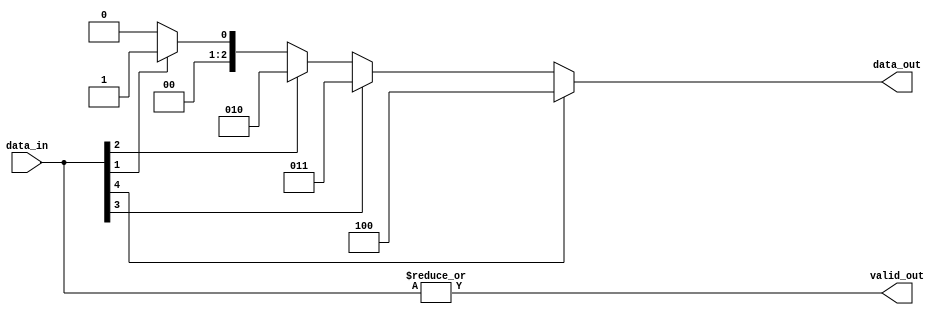
module RV_onehot_encoder#(

    parameter N        = 5,
    parameter REVERSE  = 0,
    parameter MODEL    = 3,
    parameter LN       = $clog2(N)

)(
    
    input  wire [N-1 : 0]  data_in,
    output wire [LN-1 : 0] data_out,
    output wire            valid_out
    
);

    genvar level, segment;
    genvar i, j;
    integer k;
        
    generate
    
        if(N == 1)
        begin
        
            assign data_out  = data_in;
            assign valid_out = data_in;
        
        end
        else if(N == 2)
        begin
        
            assign data_out  = data_in[!REVERSE];
            assign valid_out = (| data_in);
        
        end
        else if(MODEL == 1)
        begin
        
            localparam levels_lp        = $clog2(N);
            localparam aligned_width_lp = 1 << $clog2(N); 
            
            wire [aligned_width_lp-1 : 0] addr [levels_lp : 0];
            wire [aligned_width_lp-1 : 0] v    [levels_lp : 0];    
            
            assign v[0]    = REVERSE ? ({{(aligned_width_lp-N){1'b0}}, data_in} << (aligned_width_lp - N)) : {{(aligned_width_lp-N){1'b0}}, data_in};
            assign addr[0] = 0;  //The first level isnot used 
            
            for (level = 1; level < levels_lp+1; level=level+1)
            begin
                
                localparam segments_lp      = 2**(levels_lp-level);
                localparam segment_slot_lp  = aligned_width_lp/segments_lp;
                localparam segment_width_lp = level; 
                
                 for (segment = 0; segment < segments_lp; segment=segment+1)
                 begin
                    
                    wire [1 : 0] vs = {
                    
                         v[level-1][segment*segment_slot_lp+(segment_slot_lp >> 1)],
                         v[level-1][segment*segment_slot_lp]  
                    
                    };
                    
                    assign v[level][segment*segment_slot_lp] = (| vs); 
                    
                    if(level == 1)
                    begin
                        
                        assign addr[level][((segment*segment_slot_lp) + segment_width_lp) - 1 : (segment*segment_slot_lp)] = vs[!REVERSE]; 
                    
                    end
                    else begin
                    
                        assign addr[level][((segment*segment_slot_lp) + segment_width_lp) - 1 : (segment*segment_slot_lp)] = { 
                            
                            vs[!REVERSE],
                            addr[level-1][((segment*segment_slot_lp) + segment_width_lp) - 2 : (segment*segment_slot_lp)] | 
                            addr[level-1][(segment*segment_slot_lp+(segment_slot_lp >> 1)) + segment_width_lp - 2 : segment*segment_slot_lp+(segment_slot_lp >> 1)]
                        
                        };    
                    
                    end
                    
                 end
            
            end
            
            localparam LOG2UP_N = (((N) > 1) ? $clog2(N) : 1);
            
            assign data_out  = addr[levels_lp][LOG2UP_N-1:0];
            assign valid_out = v[levels_lp][0];
            
        end
        else if(MODEL == 2)
        begin
        
            for (j = 0; j < LN; j = j + 1)
            begin
                    
                wire [N-1 : 0] mask;
               
                for (i = 0; i < N; i = i + 1) 
                begin
               
                    assign mask[i] = i[j];
               
                end
                
                assign data_out[j] = |(mask & data_in); 
            
            end
            
            assign valid_out = (|data_in);  
        
        end
        else begin
        
            reg [LN-1 : 0] index_r;
            
            if(REVERSE)
            begin
            
                always@(*)
                begin
                
                    index_r = 0;
                    for (k = N-1; k >= 0; k = k-1)
                    begin
                    
                        if (data_in[k]) 
                        begin
                        
                            index_r = k;
                        
                        end
                    
                    end
                
                end
            
            end
            else begin
            
                always@(*)
                begin
                    
                    index_r = 0; 
                    for (k = 0; k < N; k = k + 1)
                    begin
                    
                        if (data_in[k]) 
                        begin
                        
                            index_r = k;
                        
                        end   
                    
                    end
                
                end
            
            end
            
            assign data_out  = index_r;  
            assign valid_out = (| data_in);
        
        end
    
    endgenerate

endmodule